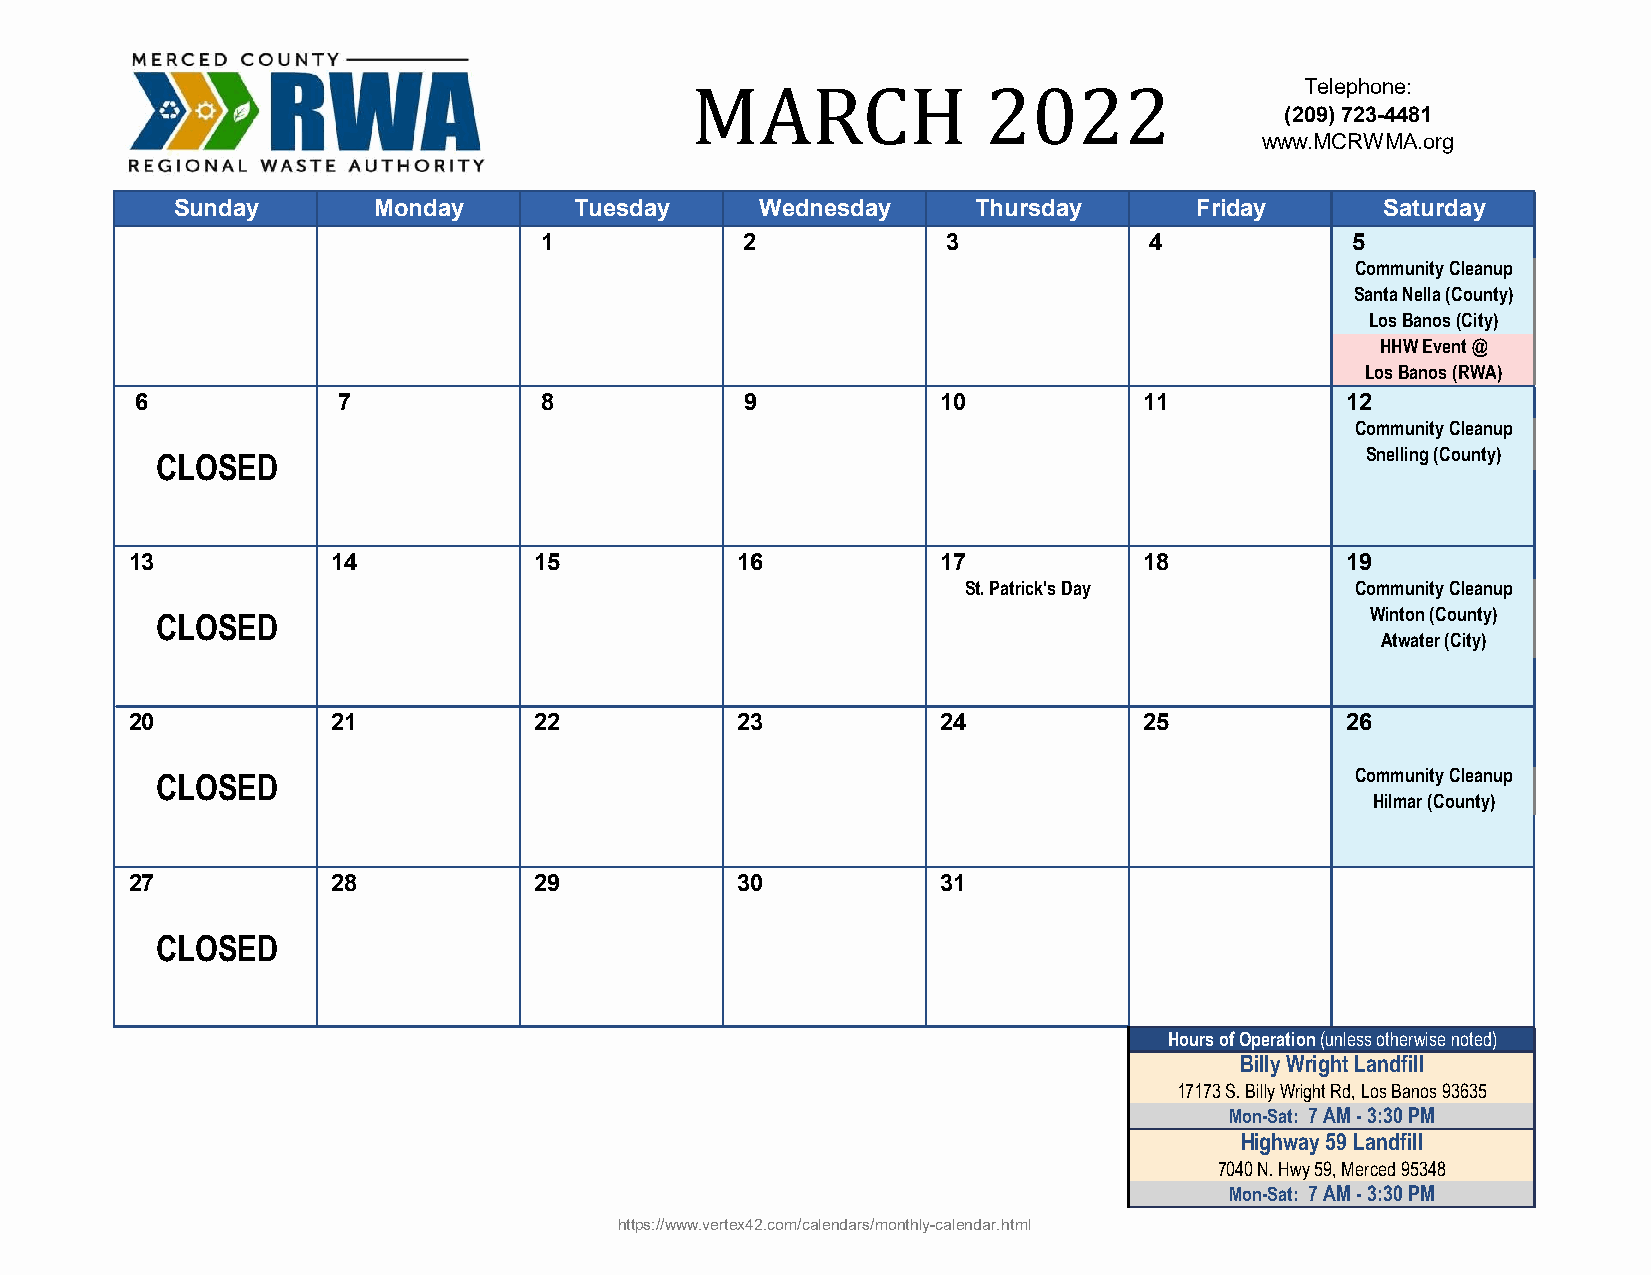
MARCH              2022                 Telephone:
 (209) 723-4481
 www.MCRWMA.org
 Sunday       Monday       Tuesday     Wednesday      Thursday      Friday       Saturday
 1            2             3            4            5
 Community Cleanup
 Santa Nella (County)
 Los Banos (City)
 HHW Event @
 Los Banos (RWA)
 6            7             8            9            10            11           12
 Community Cleanup
 CLOSED                                                                          Snelling (County)
 13           14           15            16           17            18           19
 St. Patrick's Day         Community Cleanup
 CLOSED                                                                           Winton (County)
 Atwater (City)
 20           21           22            23           24            25           26
 CLOSED                                                                          Community Cleanup
 Hilmar (County)
 27           28           29            30           31
 CLOSED
 Hours of Operation (unless otherwise noted)
 Billy Wright Landfill
 17173 S. Billy Wright Rd, Los Banos 93635
 Mon-Sat: 7 AM - 3:30 PM
 Highway 59 Landfill
 7040 N. Hwy 59, Merced 95348
 Mon-Sat: 7 AM - 3:30 PM
 https://www.vertex42.com/calendars/monthly-calendar.html